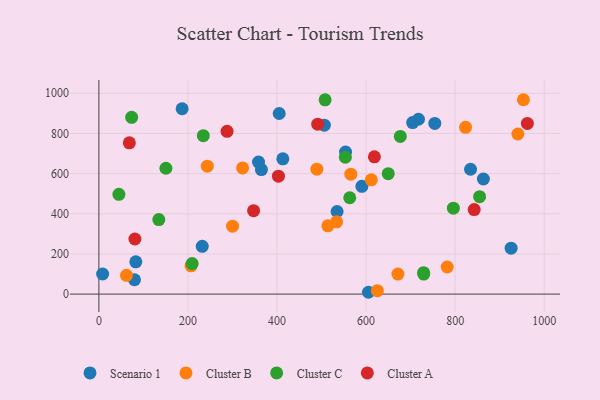
{"axis": {"x": "Experience", "y": "Demand"}, "legend": ["Cluster A", "Cluster B", "Cluster C", "Scenario 1"], "data": [{"x": "717.7", "y": 870.6, "type": "Scenario 1"}, {"x": "186.9", "y": 922.9, "type": "Scenario 1"}, {"x": "8.4", "y": 100.1, "type": "Scenario 1"}, {"x": "834.6", "y": 621.6, "type": "Scenario 1"}, {"x": "413.1", "y": 673.8, "type": "Scenario 1"}, {"x": "605.4", "y": 9.1, "type": "Scenario 1"}, {"x": "534.9", "y": 411.4, "type": "Scenario 1"}, {"x": "358.5", "y": 657.5, "type": "Scenario 1"}, {"x": "365.0", "y": 620.3, "type": "Scenario 1"}, {"x": "925.7", "y": 228.5, "type": "Scenario 1"}, {"x": "863.4", "y": 573.1, "type": "Scenario 1"}, {"x": "506.2", "y": 841.3, "type": "Scenario 1"}, {"x": "232.1", "y": 237.7, "type": "Scenario 1"}, {"x": "553.9", "y": 707.6, "type": "Scenario 1"}, {"x": "590.6", "y": 536.5, "type": "Scenario 1"}, {"x": "754.3", "y": 849.8, "type": "Scenario 1"}, {"x": "404.9", "y": 899.3, "type": "Scenario 1"}, {"x": "80.0", "y": 71.5, "type": "Scenario 1"}, {"x": "82.9", "y": 160.5, "type": "Scenario 1"}, {"x": "704.6", "y": 854.3, "type": "Scenario 1"}, {"x": "62.0", "y": 93.3, "type": "Cluster B"}, {"x": "565.7", "y": 597.1, "type": "Cluster B"}, {"x": "671.5", "y": 99.5, "type": "Cluster B"}, {"x": "953.3", "y": 967.9, "type": "Cluster B"}, {"x": "207.0", "y": 140.7, "type": "Cluster B"}, {"x": "243.5", "y": 637.2, "type": "Cluster B"}, {"x": "611.7", "y": 568.8, "type": "Cluster B"}, {"x": "300.2", "y": 338.2, "type": "Cluster B"}, {"x": "322.7", "y": 628.4, "type": "Cluster B"}, {"x": "533.8", "y": 359.8, "type": "Cluster B"}, {"x": "514.2", "y": 339.8, "type": "Cluster B"}, {"x": "940.8", "y": 797.3, "type": "Cluster B"}, {"x": "489.5", "y": 622.3, "type": "Cluster B"}, {"x": "782.2", "y": 134.9, "type": "Cluster B"}, {"x": "625.3", "y": 17.0, "type": "Cluster B"}, {"x": "823.4", "y": 830.4, "type": "Cluster B"}, {"x": "150.5", "y": 626.7, "type": "Cluster C"}, {"x": "209.4", "y": 151.9, "type": "Cluster C"}, {"x": "508.0", "y": 967.4, "type": "Cluster C"}, {"x": "73.6", "y": 880.2, "type": "Cluster C"}, {"x": "729.5", "y": 99.7, "type": "Cluster C"}, {"x": "134.6", "y": 371.1, "type": "Cluster C"}, {"x": "796.0", "y": 427.8, "type": "Cluster C"}, {"x": "854.9", "y": 485.2, "type": "Cluster C"}, {"x": "234.5", "y": 789.0, "type": "Cluster C"}, {"x": "729.1", "y": 106.6, "type": "Cluster C"}, {"x": "44.9", "y": 496.6, "type": "Cluster C"}, {"x": "649.7", "y": 599.5, "type": "Cluster C"}, {"x": "553.4", "y": 681.5, "type": "Cluster C"}, {"x": "563.3", "y": 479.9, "type": "Cluster C"}, {"x": "676.9", "y": 785.2, "type": "Cluster C"}, {"x": "347.4", "y": 415.4, "type": "Cluster A"}, {"x": "962.2", "y": 849.7, "type": "Cluster A"}, {"x": "403.2", "y": 587.2, "type": "Cluster A"}, {"x": "68.4", "y": 753.5, "type": "Cluster A"}, {"x": "491.4", "y": 846.3, "type": "Cluster A"}, {"x": "842.8", "y": 420.9, "type": "Cluster A"}, {"x": "80.9", "y": 274.3, "type": "Cluster A"}, {"x": "618.7", "y": 683.8, "type": "Cluster A"}, {"x": "287.8", "y": 810.5, "type": "Cluster A"}]}